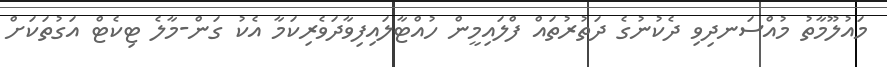
މައުލޫމާތު މުއްސަނދިވި ދެކުނުގެ ދަތުރުތައް ފްލައިމީން ހުއްޓާލައިފިވާދަވެރިކަމާ އެކު ގަން-މާލެ ޓިކެޓް އަގުތަކަށް